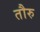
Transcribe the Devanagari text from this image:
तौरु